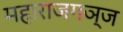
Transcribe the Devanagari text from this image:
महाराजगञ्ज